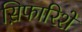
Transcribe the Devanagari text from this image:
स़िफारिशें